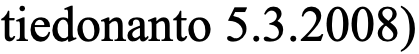
tiedonanto 5.3.2008)